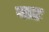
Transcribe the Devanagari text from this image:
याड